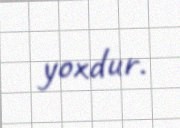
yoxdur.